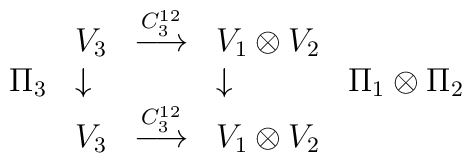
\begin{array}{llcll} & V_3    &  \stackrel{C^{12}_3}{\longrightarrow}  &  V_1\otimes V_2&  \\ \Pi _3 & \downarrow  &   &   \downarrow  &  \Pi _1 \otimes \Pi_2  \\      &  V_3  & \stackrel{C^{12}_3}{\longrightarrow}    &  V_1\otimes V_2&   \end{array}